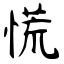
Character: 慌